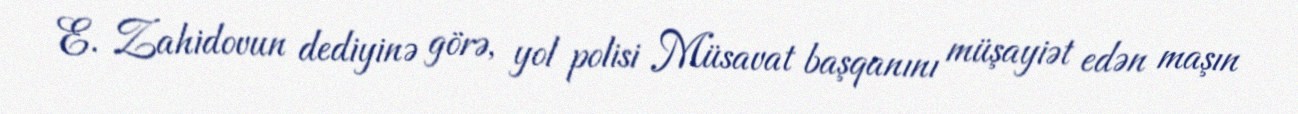
E. Zahidovun dediyinə görə, yol polisi Müsavat başqanını müşayiət edən maşın